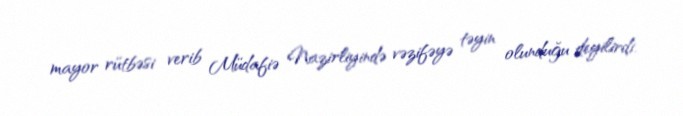
mayor rütbəsi verib Müdafiə Nazirliyində vəzifəyə təyin olunduğu deyilirdi.